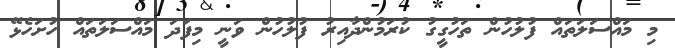
މި މައްސަލަތައް ފުލުހުން ތަހުގީގު ކުރަމުންދާއިރު ފުލުހުން ވަނީ މިފަދަ މައްސަލަތައް ހުށަހެޅޭ